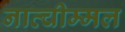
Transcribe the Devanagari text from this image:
नात्चीम्मल